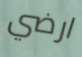
ارضي